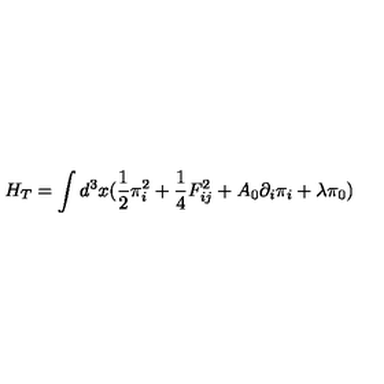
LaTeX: H _ { T } = \int d ^ { 3 } x ( \frac { 1 } { 2 } \pi _ { i } ^ { 2 } + \frac { 1 } { 4 } F _ { i j } ^ { 2 } + A _ { 0 } \partial _ { i } \pi _ { i } + \lambda \pi _ { 0 } )